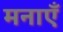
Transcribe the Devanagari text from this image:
मनाएँ